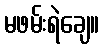
မဖမ်းရဲချေ။